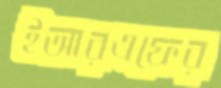
ইআরএফের